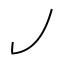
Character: ㇢